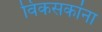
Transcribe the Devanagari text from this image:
विकसकांना